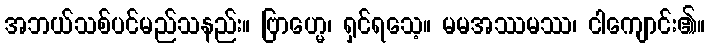
အဘယ်သစ်ပင်မည်သနည်း။ ဗြာဟ္မေ၊ ရှင်ရသေ့။ မမအဿမဿ၊ ငါကျောင်း၏။